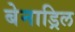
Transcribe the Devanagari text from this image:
बेनाड्रिल